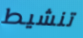
تنشيط